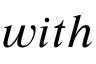
w i t h